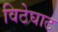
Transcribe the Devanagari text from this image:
विठेघाट